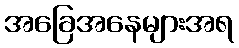
အခြေအနေများအရ